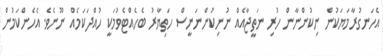
އެހަނގުރާމަޔަކުން ނިކުންނާން ހުރި ނަތީޖާއެއް ނުނިކުންނަނީސް ހަތިޔާރު ބެހެއްޓެވުމަކީ ހުއްދަކަމެއް ނޫނެވެ. އެހެންކަމުން